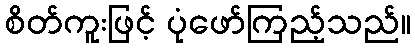
စိတ်ကူးဖြင့် ပုံဖော်ကြည့်သည်။